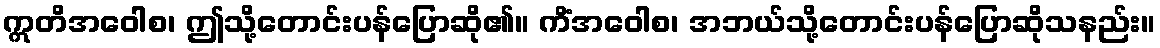
ဣတိအဝေါစ၊ ဤသို့တောင်းပန်ပြောဆို၏။ ကိံအဝေါစ၊ အဘယ်သို့တောင်းပန်ပြောဆိုသနည်း။